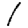
Digit: 1